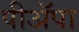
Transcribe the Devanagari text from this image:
पीअॅपा